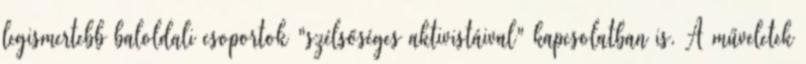
legismertebb baloldali csoportok "szélsőséges aktivistáival" kapcsolatban is. A műveletek